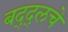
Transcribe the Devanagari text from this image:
बद्द्लचे